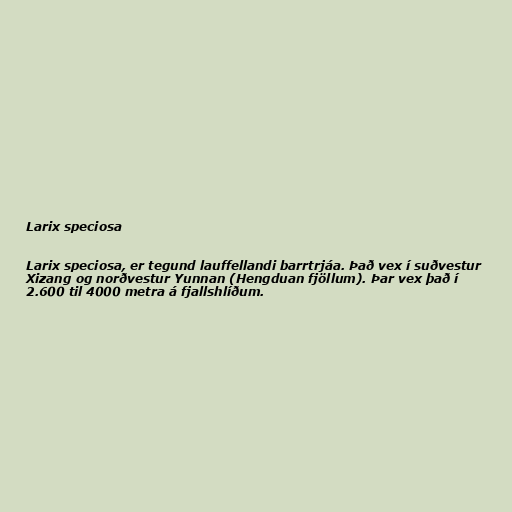
Larix speciosa

Larix speciosa, er tegund lauffellandi barrtrjáa. Það vex í suðvestur
Xizang og norðvestur Yunnan (Hengduan fjöllum). Þar vex það í
2.600 til 4000 metra á fjallshlíðum.